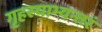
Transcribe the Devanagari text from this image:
गृहस्याभ्यन्तरं